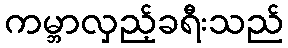
ကမ္ဘာလှည့်ခရီးသည်